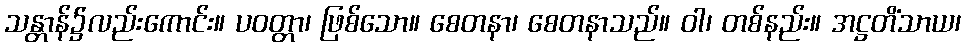
သန္တာန်၌လည်းကောင်း။ ပဝတ္တာ၊ ဖြစ်သော။ စေတနာ၊ စေတနာသည်။ ဝါ၊ တစ်နည်း။ အဋ္ဌတိံသာယ၊